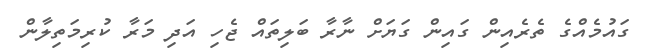
ގައުމެއްގެ ތެރެއިން ގައިން ގަޔަށް ނާރާ ބަލިތައް ޖެހި އަދި މަރާ ކުރިމަތިލާން